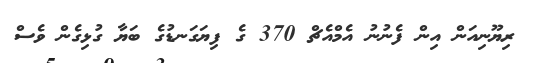
ރިޔޫނިއަން އިން ފެނުނު އެމްއެޗް 370 ގެ ފިޔަގަނޑުގެ ބަޔާ ގުޅިގެން ވެސް